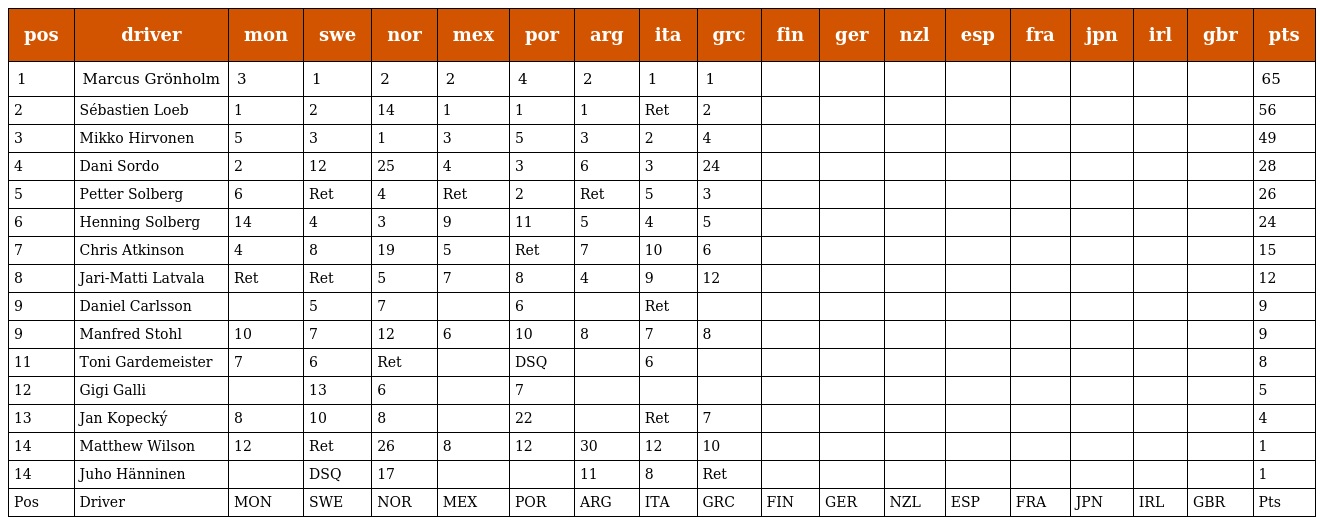
| pos | driver | mon | swe | nor | mex | por | arg | ita | grc | fin | ger | nzl | esp | fra | jpn | irl | gbr | pts |
 | --- | --- | --- | --- | --- | --- | --- | --- | --- | --- | --- | --- | --- | --- | --- | --- | --- | --- | --- |
 | 1 | Marcus Grönholm | 3 | 1 | 2 | 2 | 4 | 2 | 1 | 1 |  |  |  |  |  |  |  |  | 65 |
 | 2 | Sébastien Loeb | 1 | 2 | 14 | 1 | 1 | 1 | Ret | 2 |  |  |  |  |  |  |  |  | 56 |
 | 3 | Mikko Hirvonen | 5 | 3 | 1 | 3 | 5 | 3 | 2 | 4 |  |  |  |  |  |  |  |  | 49 |
 | 4 | Dani Sordo | 2 | 12 | 25 | 4 | 3 | 6 | 3 | 24 |  |  |  |  |  |  |  |  | 28 |
 | 5 | Petter Solberg | 6 | Ret | 4 | Ret | 2 | Ret | 5 | 3 |  |  |  |  |  |  |  |  | 26 |
 | 6 | Henning Solberg | 14 | 4 | 3 | 9 | 11 | 5 | 4 | 5 |  |  |  |  |  |  |  |  | 24 |
 | 7 | Chris Atkinson | 4 | 8 | 19 | 5 | Ret | 7 | 10 | 6 |  |  |  |  |  |  |  |  | 15 |
 | 8 | Jari-Matti Latvala | Ret | Ret | 5 | 7 | 8 | 4 | 9 | 12 |  |  |  |  |  |  |  |  | 12 |
 | 9 | Daniel Carlsson |  | 5 | 7 |  | 6 |  | Ret |  |  |  |  |  |  |  |  |  | 9 |
 | 9 | Manfred Stohl | 10 | 7 | 12 | 6 | 10 | 8 | 7 | 8 |  |  |  |  |  |  |  |  | 9 |
 | 11 | Toni Gardemeister | 7 | 6 | Ret |  | DSQ |  | 6 |  |  |  |  |  |  |  |  |  | 8 |
 | 12 | Gigi Galli |  | 13 | 6 |  | 7 |  |  |  |  |  |  |  |  |  |  |  | 5 |
 | 13 | Jan Kopecký | 8 | 10 | 8 |  | 22 |  | Ret | 7 |  |  |  |  |  |  |  |  | 4 |
 | 14 | Matthew Wilson | 12 | Ret | 26 | 8 | 12 | 30 | 12 | 10 |  |  |  |  |  |  |  |  | 1 |
 | 14 | Juho Hänninen |  | DSQ | 17 |  |  | 11 | 8 | Ret |  |  |  |  |  |  |  |  | 1 |
 | Pos | Driver | MON | SWE | NOR | MEX | POR | ARG | ITA | GRC | FIN | GER | NZL | ESP | FRA | JPN | IRL | GBR | Pts |